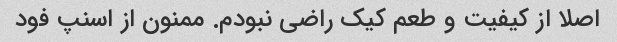
اصلا از کیفیت و طعم کیک راضی نبودم. ممنون از اسنپ فود